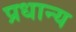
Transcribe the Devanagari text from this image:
प्रधान्य